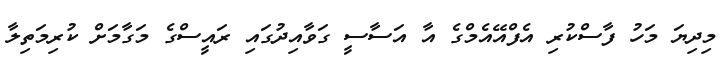
މިދިޔަ މަހު ފާސްކުރި އެފްއޭއެމްގެ އާ އަސާސީ ގަވާއިދުގައި ރައީސްގެ މަގާމަށް ކުރިމަތިލާ